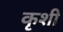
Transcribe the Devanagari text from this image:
कृशी